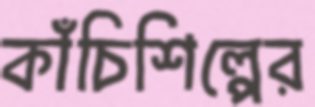
কাঁচিশিল্পের